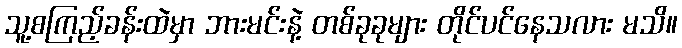
သူ့စကြည့်ခန်းထဲမှာ ဘားမင်းနဲ့ တစ်ခုခုများ တိုင်ပင်နေသလား မသိ။